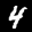
Label: 4